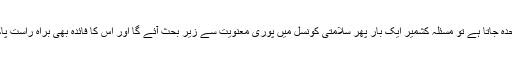
بھارت اقوام متحدہ جاتا ہے تو مسئلہ کشمیر ایک بار پھر سلامتی کونسل میں پوری معنویت سے زیر بحث آئے گا اور اس کا فائدہ بھی براہ راست پاکستان کو ہو گا۔